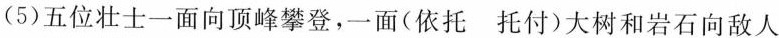
(5)五位壮士一面向顶峰攀登，一面(依托 托付)大树和岩石向敌人